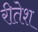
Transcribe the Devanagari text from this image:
रीतेश